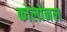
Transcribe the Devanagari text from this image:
कोलोनल